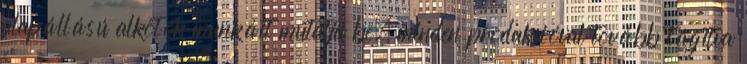
alapállású alkotók munkáit mutatja be, minden produkcióval tovább tágítva